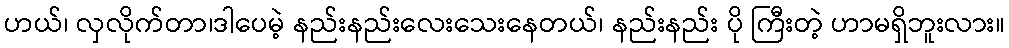
ဟယ်၊ လှလိုက်တာ၊ဒါပေမဲ့ နည်းနည်းလေးသေးနေတယ်၊ နည်းနည်း ပို ကြီးတဲ့ ဟာမရှိဘူးလား။